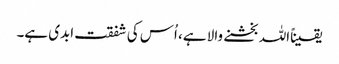
یقیناًاللہ بخشنے والا ہے، اُس کی شفقت ابدی ہے۔